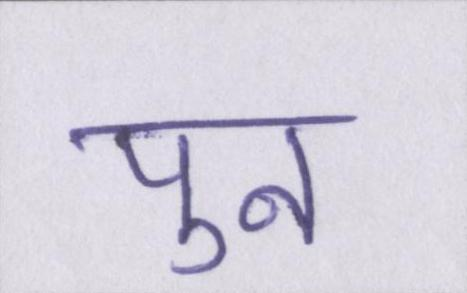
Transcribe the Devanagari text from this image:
पुन